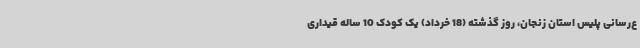
ع‌رسانی پلیس استان زنجان، روز گذشته (18 خرداد) یک کودک 10 ساله قیداری